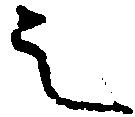
言